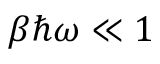
\beta \hbar \omega \ll 1